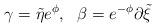
LaTeX: \begin{align*}\gamma = {\tilde \eta} e^{\phi},~~\beta = e^{-\phi}\partial {\tilde \xi}\end{align*}